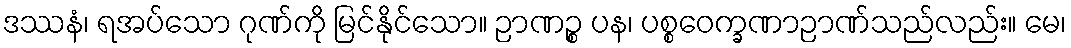
ဒဿနံ၊ ရအပ်သော ဂုဏ်ကို မြင်နိုင်သော။ ဉာဏဉ္စ ပန၊ ပစ္စဝေက္ခဏာဉာဏ်သည်လည်း။ မေ၊